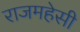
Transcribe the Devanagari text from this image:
राजमहेसी